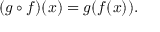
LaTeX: ( g \circ f ) ( x ) = g ( f ( x ) ) .